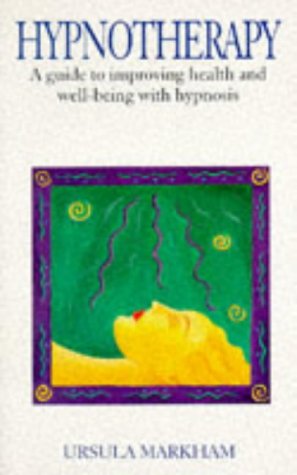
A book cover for Hypnotherapy: A Guide to Improving Health & Well-Being with Hypnosis; Ursula Markham; Health, Fitness & Dieting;